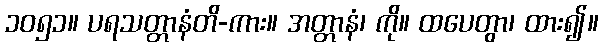
၁၀၅၁။ ပရသတ္တာနံတိ-ကား။ အတ္တာနံ၊ ကို။ ထပေတွာ၊ ထား၍။